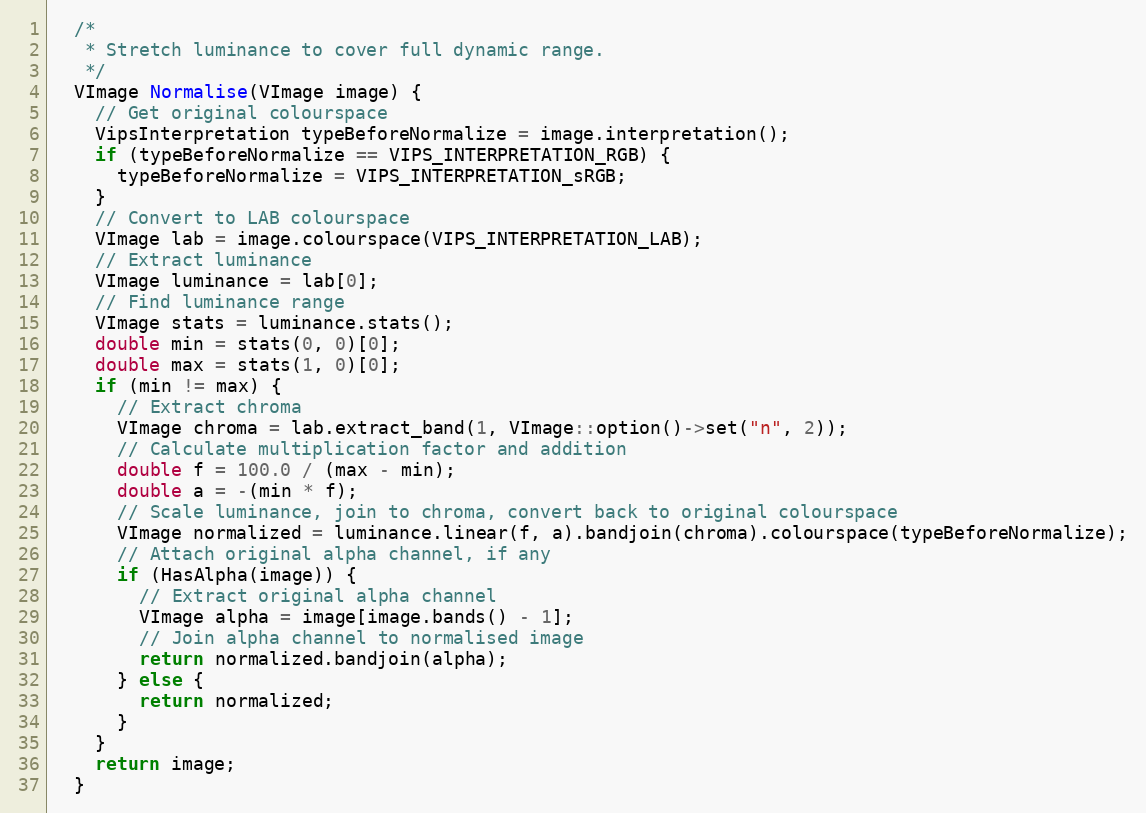
Language: C++
  /*
   * Stretch luminance to cover full dynamic range.
   */
  VImage Normalise(VImage image) {
    // Get original colourspace
    VipsInterpretation typeBeforeNormalize = image.interpretation();
    if (typeBeforeNormalize == VIPS_INTERPRETATION_RGB) {
      typeBeforeNormalize = VIPS_INTERPRETATION_sRGB;
    }
    // Convert to LAB colourspace
    VImage lab = image.colourspace(VIPS_INTERPRETATION_LAB);
    // Extract luminance
    VImage luminance = lab[0];
    // Find luminance range
    VImage stats = luminance.stats();
    double min = stats(0, 0)[0];
    double max = stats(1, 0)[0];
    if (min != max) {
      // Extract chroma
      VImage chroma = lab.extract_band(1, VImage::option()->set("n", 2));
      // Calculate multiplication factor and addition
      double f = 100.0 / (max - min);
      double a = -(min * f);
      // Scale luminance, join to chroma, convert back to original colourspace
      VImage normalized = luminance.linear(f, a).bandjoin(chroma).colourspace(typeBeforeNormalize);
      // Attach original alpha channel, if any
      if (HasAlpha(image)) {
        // Extract original alpha channel
        VImage alpha = image[image.bands() - 1];
        // Join alpha channel to normalised image
        return normalized.bandjoin(alpha);
      } else {
        return normalized;
      }
    }
    return image;
  }